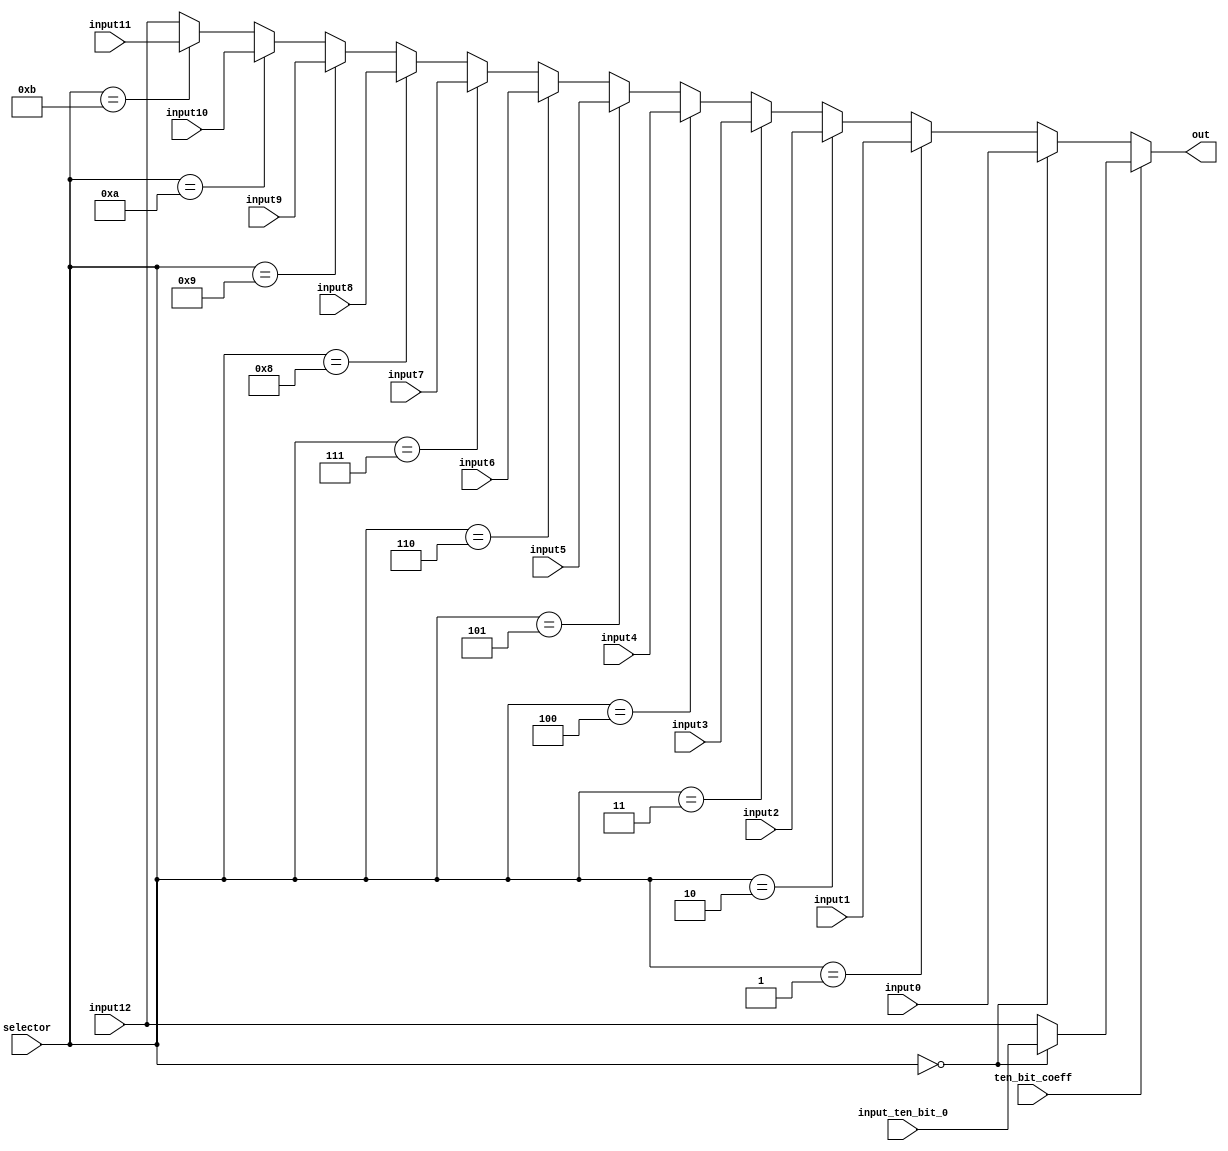
`timescale 1ns / 1ps

//////////////////////////////////////////////////////////////////////////////////

// High-speed instruction set coprocessor architecture for lattice-based cryptography. 
// Saber is implemented as a case study.
// The designers are Sujoy Sinha Roy and Andrea Basso. 

// Implementation by the designers, hereby denoted as "the implementer".

// To the extent possible under law, the implementer has waived all copyright
// and related or neighboring rights to the source code in this file.
// http://creativecommons.org/publicdomain/zero/1.0/

// The codes are for academic research use only and does not come with any support or any responsibility.

//////////////////////////////////////////////////////////////////////////////////

module buffer_muxer1(input0, input1, input2, input3,
					input4, input5, input6, input7,
					input8, input9, input10, input11,
					input12, input_ten_bit_0, selector, ten_bit_coeff, out);

input [12:0] input0, input1, input2, input3, input4, input5, input6, input7, 
			 input8, input9, input10, input11, input12, input_ten_bit_0;
input ten_bit_coeff;
input [3:0] selector;

output wire [12:0] out;


assign out = ten_bit_coeff ? selector == 0 ? input_ten_bit_0 : input12 :
				selector == 0 ? input0 :
				selector == 1 ? input1 :
				selector == 2 ? input2 :
				selector == 3 ? input3 :
				selector == 4 ? input4 :
				selector == 5 ? input5 :
				selector == 6 ? input6 :
				selector == 7 ? input7 :
				selector == 8 ? input8 :
				selector == 9 ? input9 :
				selector == 10 ? input10 :
				selector == 11 ? input11 :
				input12;
			
endmodule